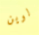
لوين